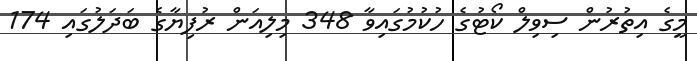
މީގެ އިތުރުން ސިވިލް ކޯޓުގެ ހުކުމުގައިވާ 348 މިލިއަން ރުފިޔާގެ ބަދަލުގައި 174